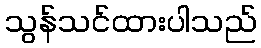
သွန်သင်ထားပါသည်